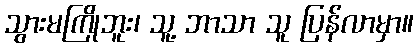
သွားမကြိုဘူး၊ သူ့ ဘာသာ သူ ပြန်လာမှာ။